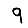
Digit: 9